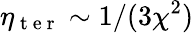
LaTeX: \eta_{\mathrm{~t~e~r~}}\sim 1/(3\chi^{2})